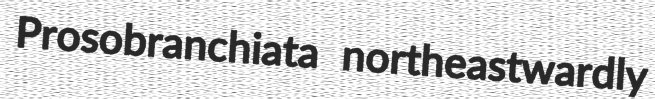
Prosobranchiata northeastwardly